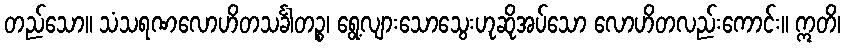
တည်သော။ သံသရဏလောဟိတသင်္ခါတဉ္စ၊ ရွေ့လျားသောသွေးဟုဆိုအပ်သော လောဟိတလည်းကောင်း။ ဣတိ၊